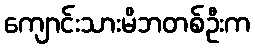
ကျောင်းသားမိဘတစ်ဦးက